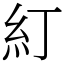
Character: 糽